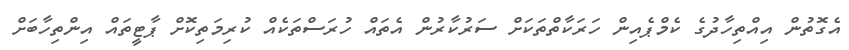
އެގޮތުން އިއްތިހާދުގެ ކެމްޕެއިން ހަރަކާތްތަކަށް ސަރުކާރުން އެތައް ހުރަސްތަކެއް ކުރިމަތިކޮށް ޕާޓީތައް އިންތިހާބަށް